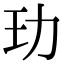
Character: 玏